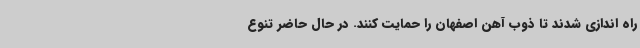
راه اندازی شدند تا ذوب آهن اصفهان را حمایت کنند. در حال حاضر تنوع